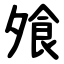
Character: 飧